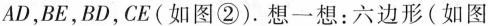
AD，BE，BD，CE(如图②). 想一想：六边形(如图